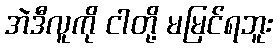
အဲဒီလူကို ငါတို့ မမြင်ရဘူး